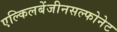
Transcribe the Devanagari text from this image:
एल्किलबेंजीनसल्फोनेट